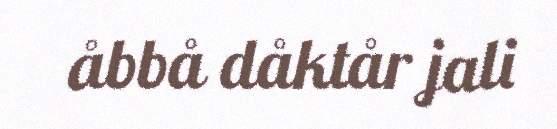
åbbå dåktår jali